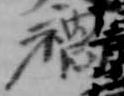
禍